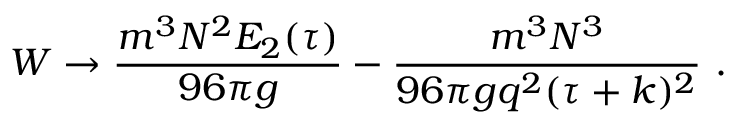
W \to { \frac { m ^ { 3 } N ^ { 2 } E _ { 2 } ( \tau ) } { 9 6 \pi g } } - { \frac { m ^ { 3 } N ^ { 3 } } { 9 6 \pi g q ^ { 2 } ( \tau + k ) ^ { 2 } } } \ .